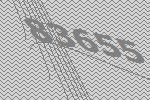
83655